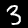
Label: 3